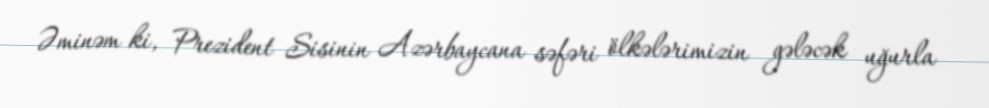
Əminəm ki, Prezident Sisinin Azərbaycana səfəri ölkələrimizin gələcək uğurla